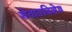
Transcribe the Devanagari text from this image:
शेतातविशेष